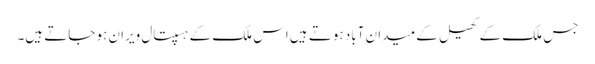
جس ملک کے کھیل کے میدان آباد ہوتے ہیں اس ملک کے ہسپتال ویران ہو جاتے ہیں۔